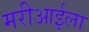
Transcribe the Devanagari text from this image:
मरीआईला